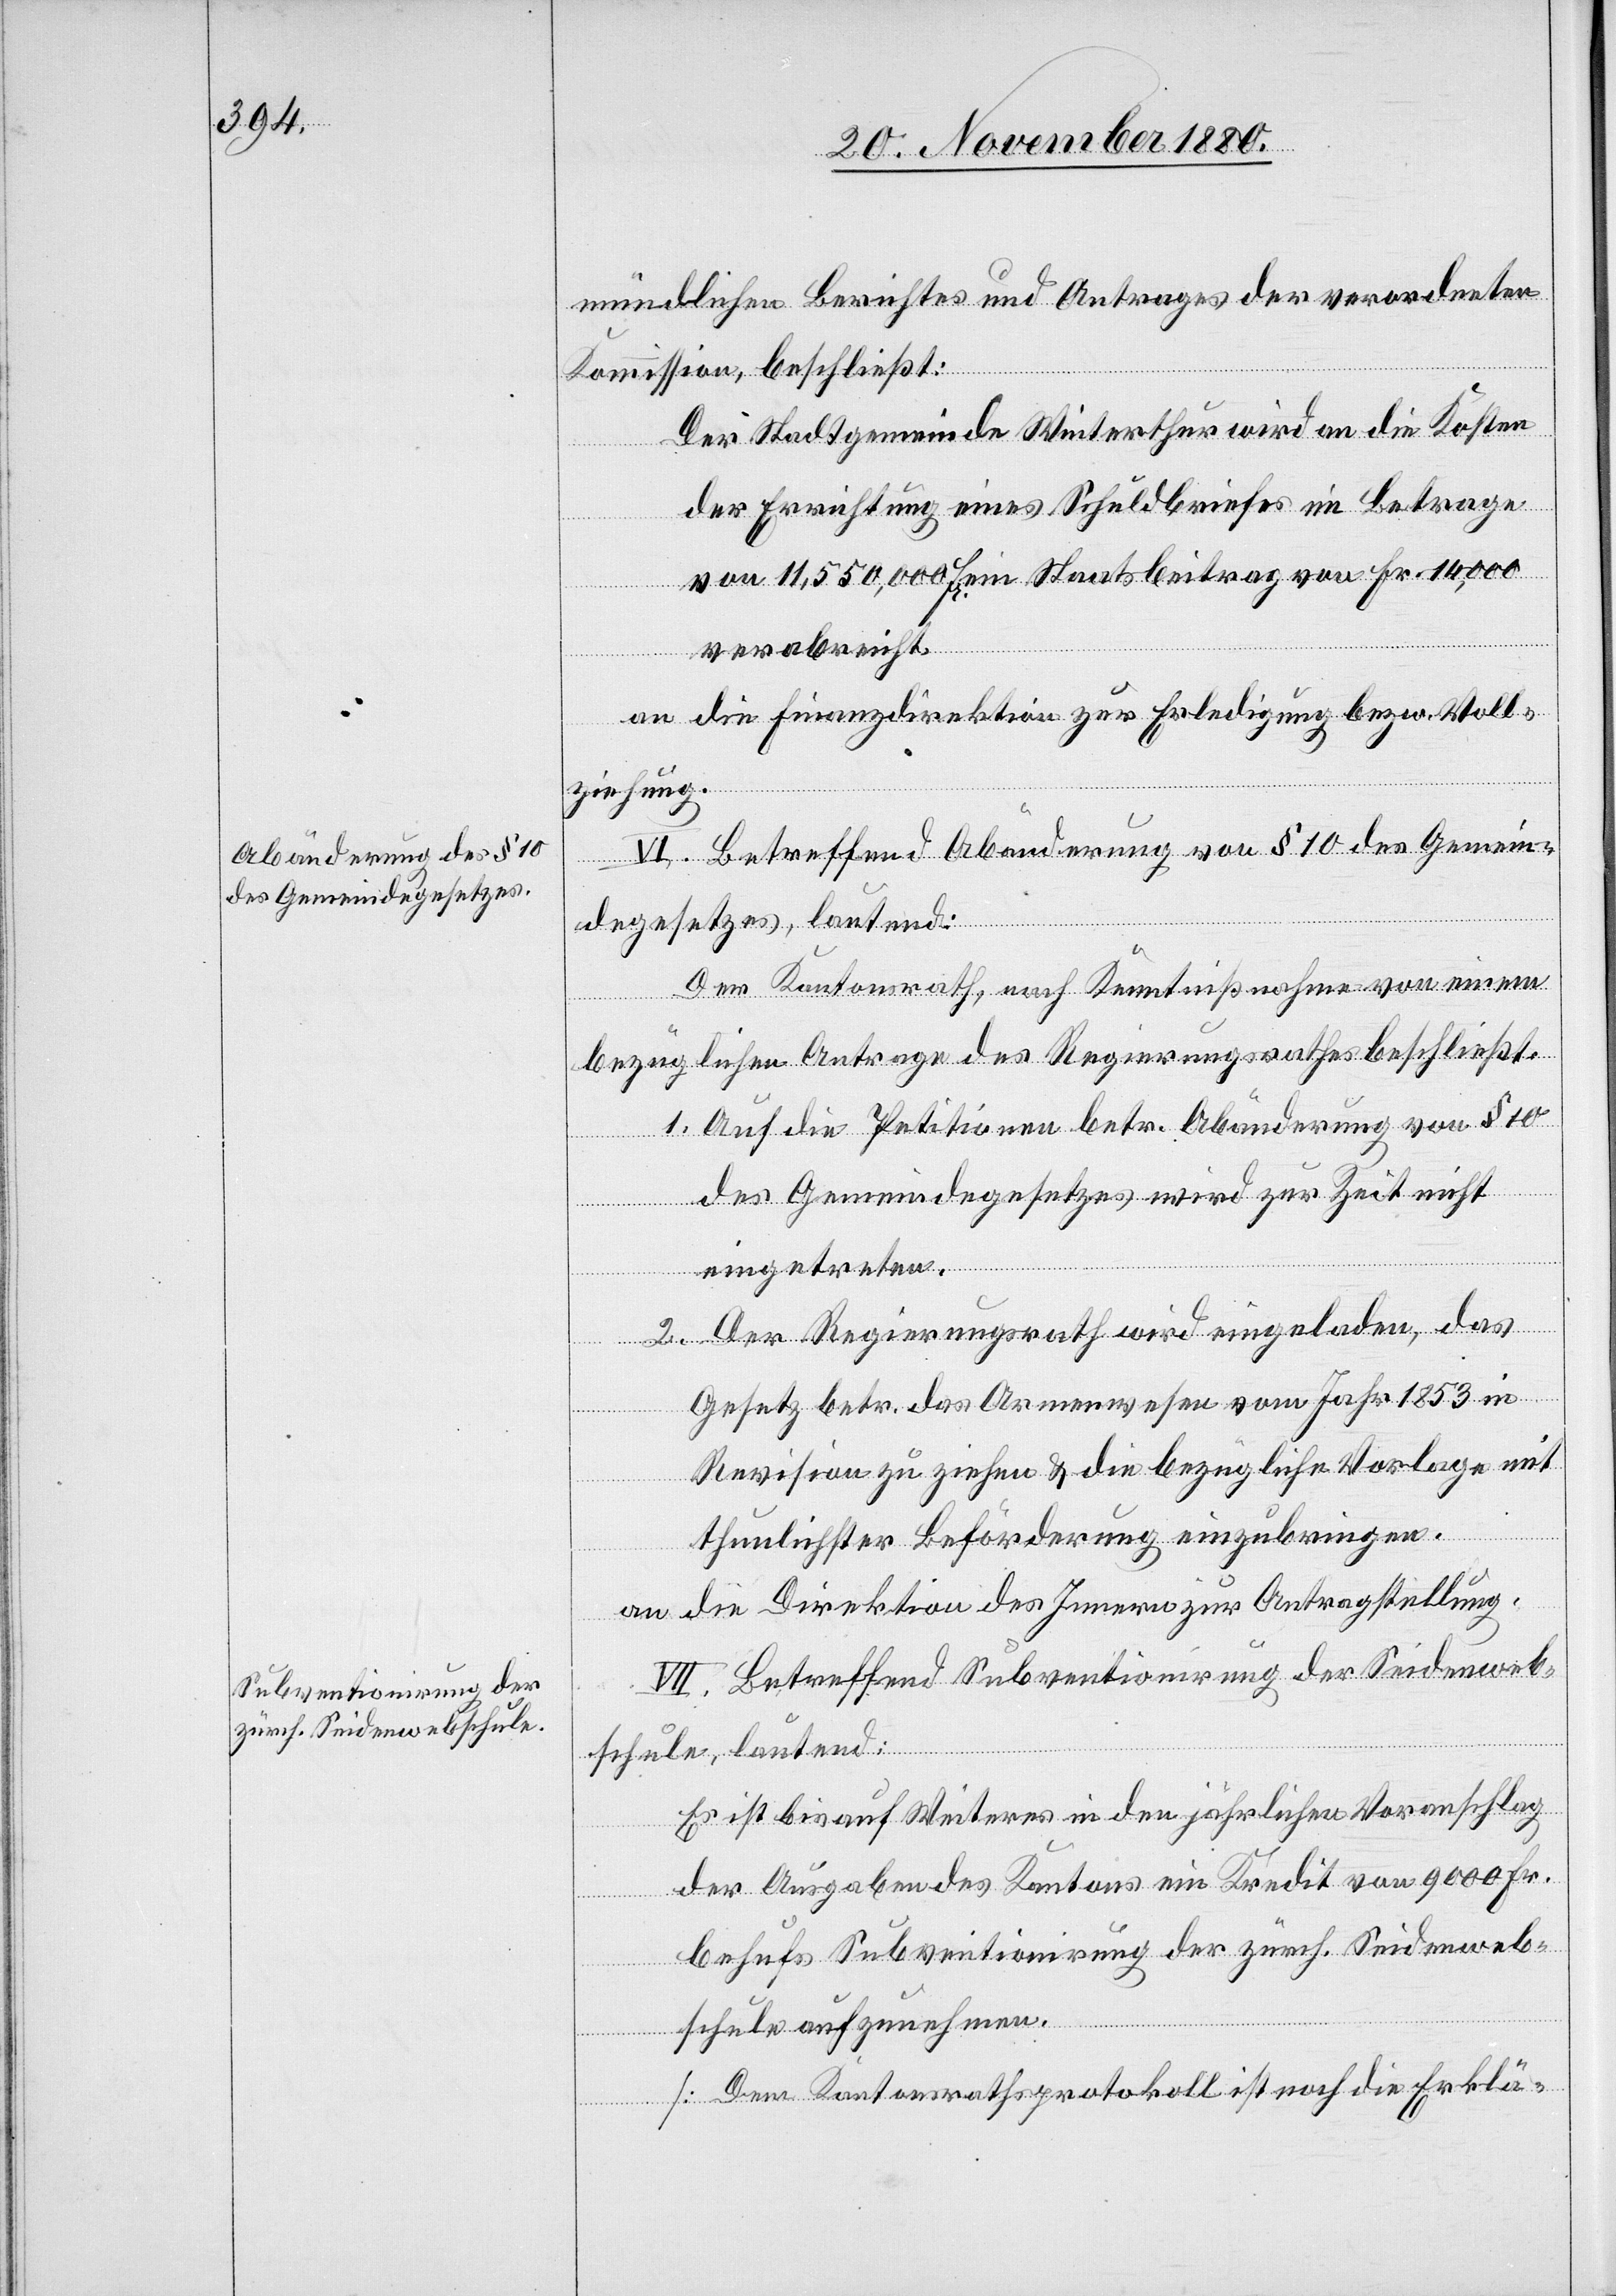
mündlichen Berichtes und Antrages der verordneten
Kommission, beschließt:
Der Stadtgemeinde Winterthur wird an die Kosten
der Errichtung eines Schuldbriefes im Betrage
von 11,550,000 Fr. ein Staatsbeitrag von Fr. 14,000
verabreicht.
an die Finanzdirektion zur Erledigung bezw. Voll¬
ziehung.
VI. Betreffend Abänderung von § 10 des Gemein¬
degesetzes, lautend:
Der Kantonsrath, nach Kenntnißnahme von einem
bezüglichen Antrage des Regierungsrathes beschließt:
1. Auf die Petition betr. Abänderung von § 10
des Gemeindegesetzes wird zur Zeit nicht
eingetreten.
2. Der Regierungsrath wird eingeladen, das
Gesetz betr. das Armenwesen vom Jahr 1853 in
Revision zu ziehen & die bezügliche Vorlage mit
thunlichster Beförderung einzubringen.
an die Direktion des Innern zur Antragstellung.
VII. Betreffend Subventionirung der Seidenweb¬
schule, lautend:
Es ist bis auf Weiteres in den jährlichen Voranschlag
der Ausgaben des Kantons ein Kredit von 9000 Fr.
behufs Subventionirung der zürch. Seidenweb¬
schule aufzunehmen.
[Dem Kantonsrathsprotokoll ist noch die Erklä-